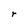
Character: r